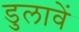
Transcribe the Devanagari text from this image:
डुलावें